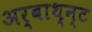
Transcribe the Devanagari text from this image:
अर्बाथ्न्ट